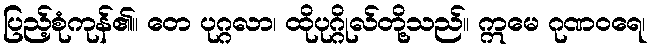
ပြည့်စုံကုန်၏။ တေ ပုဂ္ဂလာ၊ ထိုပုဂ္ဂိုလ်တို့သည်။ ဣမေ ဂုဏဝရေ၊